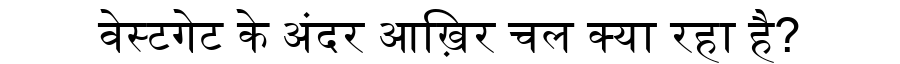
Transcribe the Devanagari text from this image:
वेस्टगेट के अंदर आख़िर चल क्या रहा है?